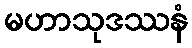
မဟာသုဒဿနံ